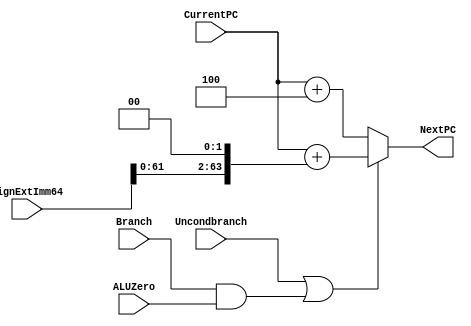
module NextPClogic(NextPC, CurrentPC, SignExtImm64, Branch, ALUZero, Uncondbranch); 
   input [63:0] CurrentPC, SignExtImm64; 
   input 	Branch, ALUZero, Uncondbranch; 
   output reg [63:0] NextPC;
   
   wire sel;
   assign sel = (Uncondbranch | (Branch & ALUZero));
   /* write your code here */
   always @(*) begin
      
      
      if (sel) begin
         NextPC = CurrentPC + (SignExtImm64 << 2);
      end
      else begin
         NextPC = CurrentPC + 4;
      end
   end

endmodule